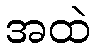
အထဲ